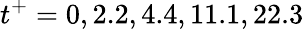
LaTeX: t^{+}=0,2.2,4.4,11.1,22.3